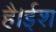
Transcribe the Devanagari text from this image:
है।ईश